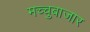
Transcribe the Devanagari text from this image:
मच्चुबाजार